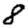
Digit: 8